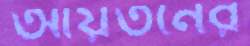
আয়তনের